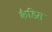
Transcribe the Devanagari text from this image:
कैडिस